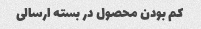
کم بودن محصول در بسته ارسالی